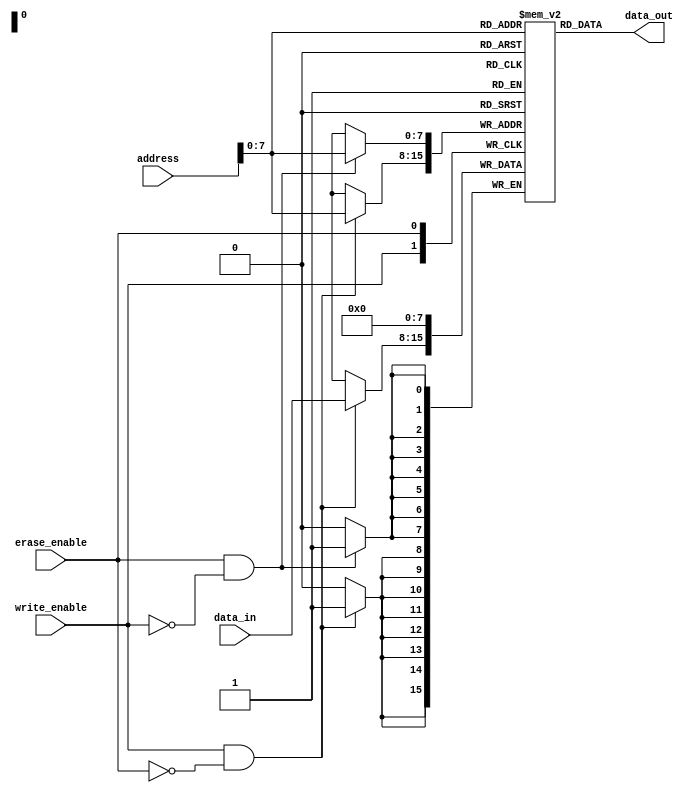
module EEPROM (
  input [31:0] address,
  input write_enable,
  input erase_enable,
  input [7:0] data_in,
  output reg [7:0] data_out
);

reg [7:0] memory[0:255]; // Array of memory cells

always @ (posedge write_enable) begin
  if(write_enable && !erase_enable)
    memory[address] <= data_in;
end

always @ (posedge erase_enable) begin
  if(erase_enable && !write_enable)
    memory[address] <= 8'b0;
end

assign data_out = memory[address];

endmodule